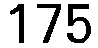
175